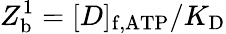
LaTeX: Z_{\mathrm{b}}^{\mathrm{1}}=[D]_{\mathrm{f,ATP}}/K_{\mathrm{D}}